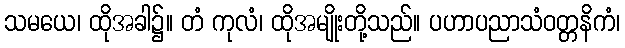
သမယေ၊ ထိုအခါ၌။ တံ ကုလံ၊ ထိုအမျိုးတို့သည်။ ပဟာပညာသံဝတ္တနိကံ၊